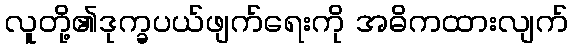
လူတို့၏ဒုက္ခပယ်ဖျက်ရေးကို အဓိကထားလျက်